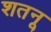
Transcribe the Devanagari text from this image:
शतनू